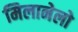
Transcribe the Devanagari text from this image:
मिलानेलो